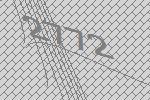
2772